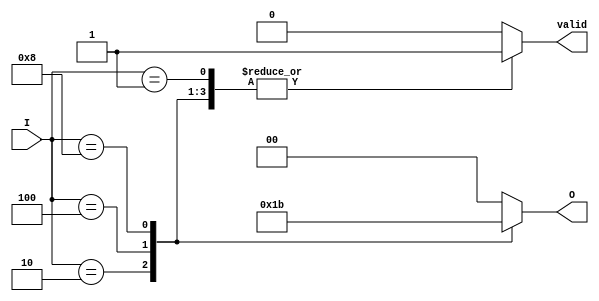
module binary_encoder (
    input wire [3:0] I,    // 4 input lines
    output reg [1:0] O,    // 2 output lines
    output reg valid        // Indicates if the output is valid
);

always @(*) begin
    case (I)
        4'b0000: begin
            O = 2'b00; // No input active
            valid = 0; // Invalid state
        end
        4'b0001: begin
            O = 2'b00; // Input 0 active
            valid = 1; // Valid state
        end
        4'b0010: begin
            O = 2'b01; // Input 1 active
            valid = 1; // Valid state
        end
        4'b0100: begin
            O = 2'b10; // Input 2 active
            valid = 1; // Valid state
        end
        4'b1000: begin
            O = 2'b11; // Input 3 active
            valid = 1; // Valid state
        end
        default: begin
            O = 2'b00; // Default case (if multiple inputs are active)
            valid = 0; // Invalid state
        end
    endcase
end

endmodule